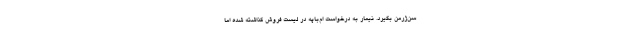
‌سن‌ژرمن بگیرد. نیمار به درخواست ام‌باپه در لیست فروش گذاشته شده اما